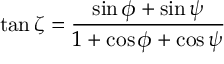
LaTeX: \tan \zeta = \frac { \sin \phi + \sin \psi } { 1 + \cos \phi + \cos \psi }